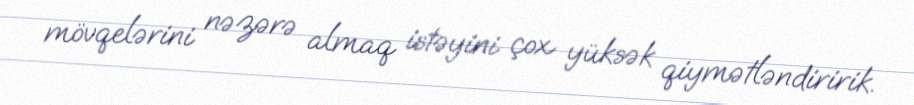
mövqelərini nəzərə almaq istəyini çox yüksək qiymətləndiririk.